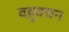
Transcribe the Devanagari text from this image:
वहुवचन